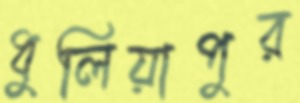
ধুলিয়াপুর